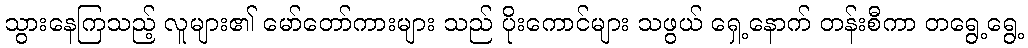
သွားနေကြသည့် လူများ၏ မော်တော်ကားများ သည် ပိုးကောင်များ သဖွယ် ရှေ့နောက် တန်းစီကာ တရွေ့ရွေ့